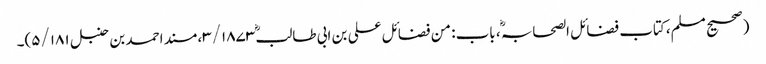
(صحیح مسلم، کتاب فضائل الصحابہ ؓ، باب: من فضائل علی بن ابی طالبؓ ۳/۱۸۷۳، مسند احمد بن حنبل ۵/۱۸۱)۔